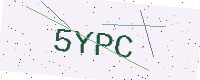
Text: 5YPC